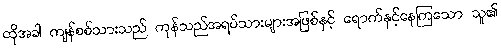
ထိုအခါ ကျန်စစ်သားသည် ကုန်သည်အရပ်သားများအဖြစ်နှင့် ရောက်နှင့်နေကြသော သူ၏